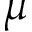
\boldsymbol { \mu }